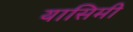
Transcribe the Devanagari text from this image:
यासिमी